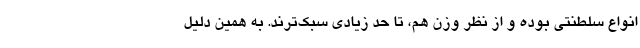
انواع سلطنتی بوده و از نظر وزن هم، تا حد زیادی سبک‌ترند. به همین دلیل